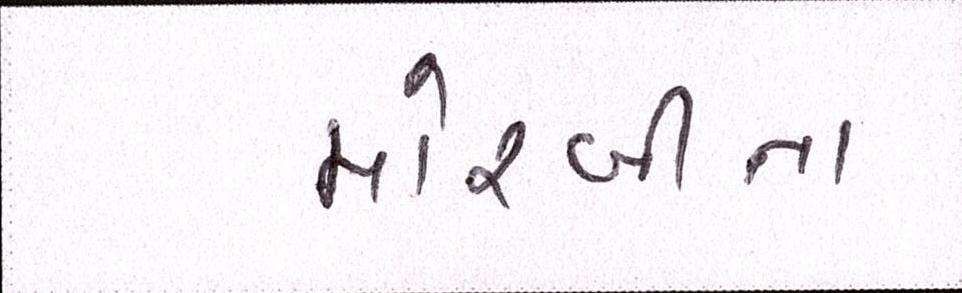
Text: મોરબીના